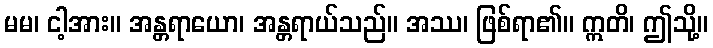
မမ၊ ငါ့အား။ အန္တရာယော၊ အန္တရာယ်သည်။ အဿ၊ ဖြစ်ရာ၏။ ဣတိ၊ ဤသို့။